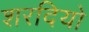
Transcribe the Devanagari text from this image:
शरदियो